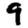
Digit: 9